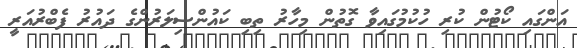
އަންގައި ކޯޓުން ކުރި ހުކުމުގައިވާ ގޮތުން މިހާރު ތިބި ކައުންސިލަރުންގެ ދައުރު ފެބްރުއަރީ